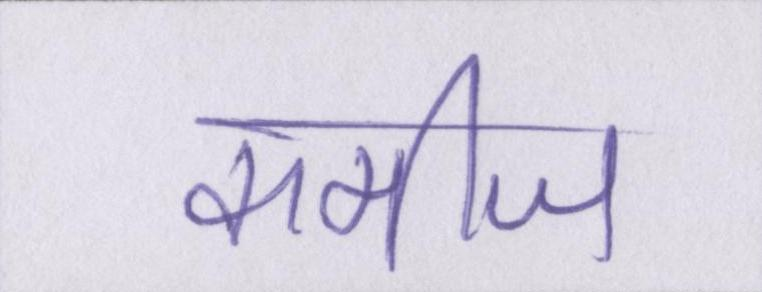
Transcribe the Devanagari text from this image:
कमीज